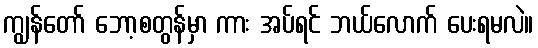
ကျွန်တော် ဘော့စတွန်မှာ ကား အပ်ရင် ဘယ်လောက် ပေးရမလဲ။